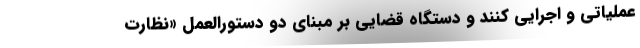
عملیاتی و اجرایی کنند و دستگاه قضایی بر مبنای دو دستورالعمل «نظارت